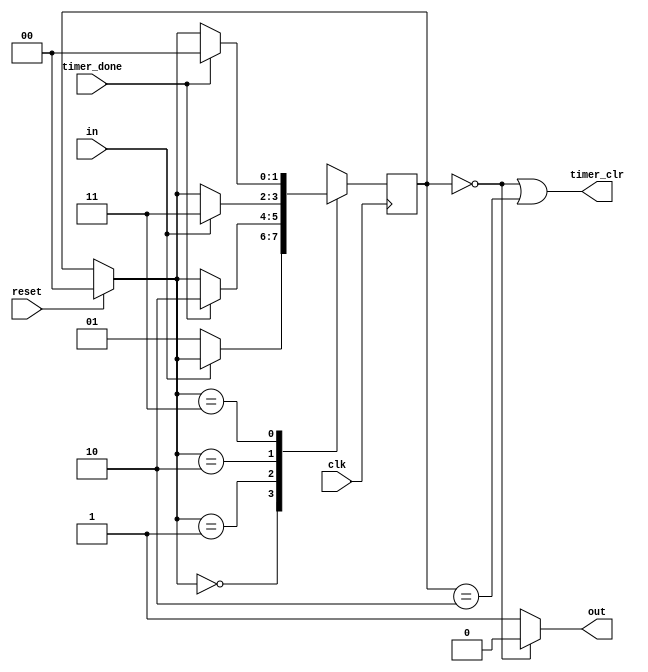
//==================================================================================================
//  Revision      : final version
//
//  Description   : 
//
//
//==================================================================================================
module avoid_trembling(clk,reset,in,out,timer_clr,timer_done);
	parameter HIGH=0,WAIT_LOW=1,LOW=2,WAIT_HIGH=3;
	input clk,reset,in,timer_done;
	output out,timer_clr;
	
	reg[1:0] state=HIGH;

	assign out=state==HIGH?0:1;// HIGH 
	assign timer_clr=(state==HIGH||state==LOW);//HIGH  LOW 
	always @(posedge clk) begin
		if(reset) begin
			state=HIGH;
		end
		case(state)
			HIGH: begin
				if(in==0) begin
					state=WAIT_LOW;// WAIT_LOW 
				end
			end
			WAIT_LOW: begin
				if(timer_done) begin
					state=LOW;// LOW 
				end
			end
			LOW: begin
				if(in) begin
					state=WAIT_HIGH;// WAIT_HIGH 
				end
			end
			WAIT_HIGH: begin
				if(timer_done) begin
					state=HIGH;// HIGH 
				end
			end
		endcase
	end

endmodule